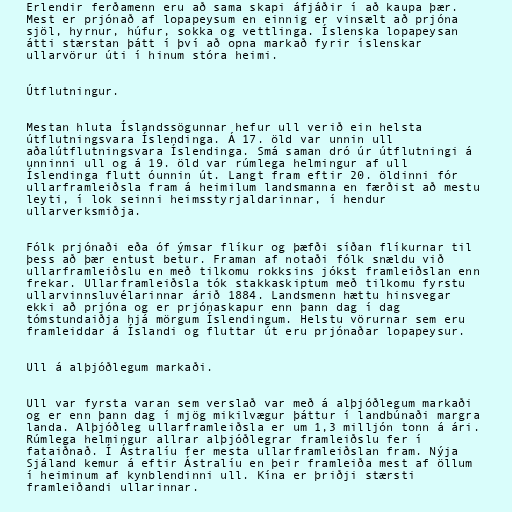
Erlendir ferðamenn eru að sama skapi áfjáðir í að kaupa þær.
Mest er prjónað af lopapeysum en einnig er vinsælt að prjóna
sjöl, hyrnur, húfur, sokka og vettlinga. Íslenska lopapeysan
átti stærstan þátt í því að opna markað fyrir íslenskar
ullarvörur úti í hinum stóra heimi.

Útflutningur.

Mestan hluta Íslandssögunnar hefur ull verið ein helsta
útflutningsvara Íslendinga. Á 17. öld var unnin ull
aðalútflutningsvara Íslendinga. Smá saman dró úr útflutningi á
unninni ull og á 19. öld var rúmlega helmingur af ull
Íslendinga flutt óunnin út. Langt fram eftir 20. öldinni fór
ullarframleiðsla fram á heimilum landsmanna en færðist að mestu
leyti, í lok seinni heimsstyrjaldarinnar, í hendur
ullarverksmiðja.

Fólk prjónaði eða óf ýmsar flíkur og þæfði síðan flíkurnar til
þess að þær entust betur. Framan af notaði fólk snældu við
ullarframleiðslu en með tilkomu rokksins jókst framleiðslan enn
frekar. Ullarframleiðsla tók stakkaskiptum með tilkomu fyrstu
ullarvinnsluvélarinnar árið 1884. Landsmenn hættu hinsvegar
ekki að prjóna og er prjónaskapur enn þann dag í dag
tómstundaiðja hjá mörgum Íslendingum. Helstu vörurnar sem eru
framleiddar á Íslandi og fluttar út eru prjónaðar lopapeysur.

Ull á alþjóðlegum markaði.

Ull var fyrsta varan sem verslað var með á alþjóðlegum markaði
og er enn þann dag í mjög mikilvægur þáttur í landbúnaði margra
landa. Alþjóðleg ullarframleiðsla er um 1,3 milljón tonn á ári.
Rúmlega helmingur allrar alþjóðlegrar framleiðslu fer í
fataiðnað. Í Ástralíu fer mesta ullarframleiðslan fram. Nýja
Sjáland kemur á eftir Ástralíu en þeir framleiða mest af öllum
í heiminum af kynblendinni ull. Kína er þriðji stærsti
framleiðandi ullarinnar.